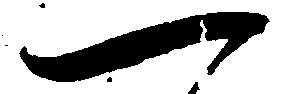
一